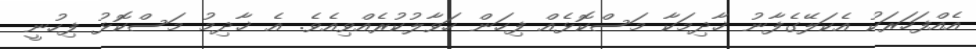
އެއްފަހަރަކު އެކަލޭގެފާނު ޚާދިމަކާ މަސްކޮޅެއް ފިހަން ހަވާލުކުރެއްވިއެވެ. އެ ޚާދިމު މަސްކޮޅު ފިހުނީ